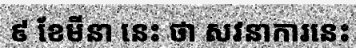
៩ ខែមីនា នេះ ថា សវនាការនេះ